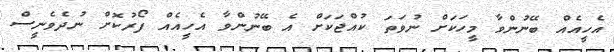
އެހީއެއް ބޭނުންވާ މީހަކަށް ނުވަތަ ކުއްޖަކަށް އެ ބޭނުންވާ އެހީއެއް ފޯރުކޮށް ނުދެވެނީސް